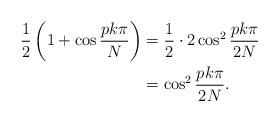
LaTeX: \begin{align*}\frac12\left(1+\cos\frac{p k\pi}{N}\right)&=\frac12\cdot2\cos^2\frac{p k\pi}{2N}\\&=\cos^2\frac{p k\pi}{2N}.\end{align*}